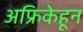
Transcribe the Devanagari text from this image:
अफ्रिकेहून